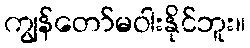
ကျွန်တော်မဝါးနိုင်ဘူး။